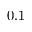
0 . 1